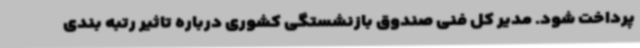
پرداخت شود. مدیر کل فنی صندوق بازنشستگی کشوری درباره تاثیر رتبه بندی